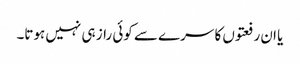
یا ان رفعتوں کا سرے سے کوئی راز ہی نہیں ہوتا۔